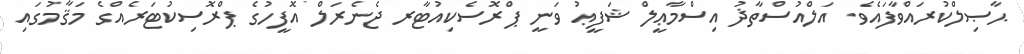
ޙާޞިލްކުރައްވާފައެވެ. އަލްއުސްތާޛު އިސްމާޢީލް ޝަފީޢު ވަނީ ޕްރޮސެކިއުޓާރ ޖެނެރަލް އޮފީހުގެ ޕްރޮސިކުޓަރެއްގެ މަޤާމުގައި